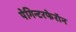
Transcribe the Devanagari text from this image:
पेगिन्टरफेरॉन